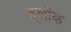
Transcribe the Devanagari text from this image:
हूलॉक